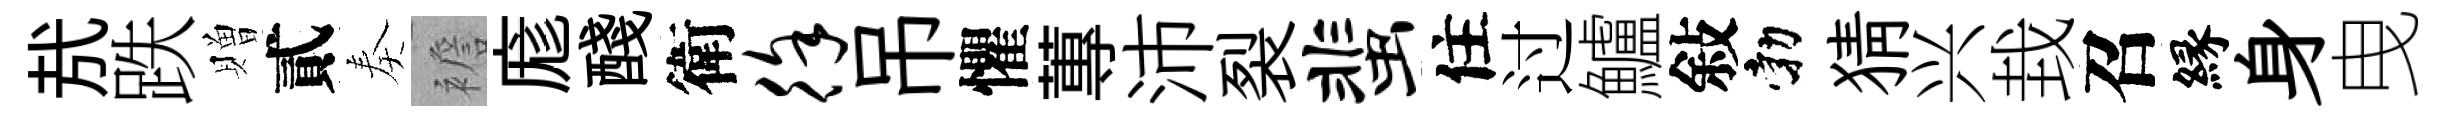
㢤跌贈貳奏襜庬醆衛徐吊懼蓴沛裂蜚住过鱸敍勃猜兴㘽召縁身曳